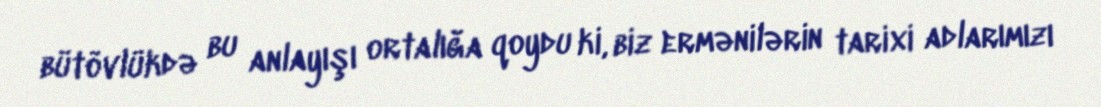
bütövlükdə bu anlayışı ortalığa qoydu ki, biz ermənilərin tarixi adlarımızı